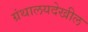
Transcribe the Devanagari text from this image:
ग्रंथालयदेखील